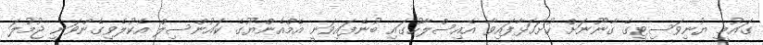
ގައުމީ ޔުނިވަސިޓީގެ ގާނޫނަށް ހުށަހަޅާފައިވާ އެއިސްލާހުގައި ބުނެފައިވަނީ އެމްއެންޔޫގެ ކައުންސިލް އެކުލެވިގެންވަނީ ޖުމުލަ